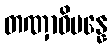
တဏှာဓိပန္နေ